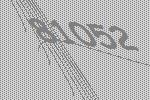
81052